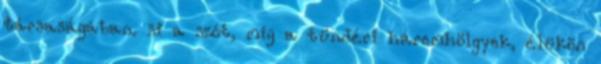
társaságában. si a szót, míg a tündéri háremhölgyek, élükön